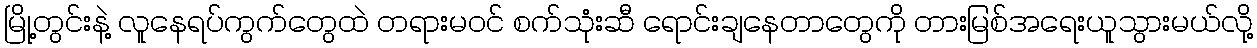
မြို့တွင်းနဲ့ လူနေရပ်ကွက်တွေထဲ တရားမဝင် စက်သုံးဆီ ရောင်းချနေတာတွေကို တားမြစ်အရေးယူသွားမယ်လို့